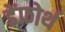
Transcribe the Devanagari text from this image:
डेंफोर्थ